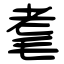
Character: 耄